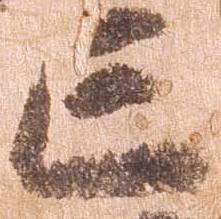
亡